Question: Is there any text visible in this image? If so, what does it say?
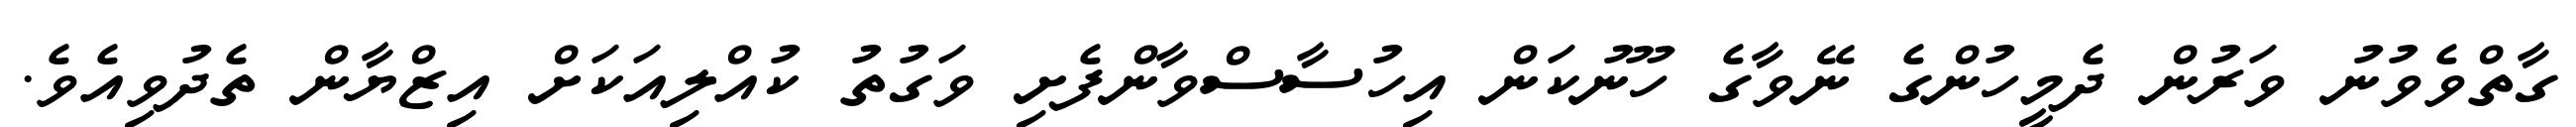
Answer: ގާތްވެވުނު ވަރުން ދެމީހުންގެ ނޭވާގެ ހޫނުކަން އިހުސާސްވާންފެށި ވަގުތު ކުއްލިއަކަށް އިޒްޔާން ތެދުވިއެވެ.